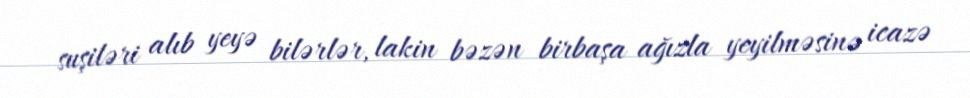
suşiləri alıb yeyə bilərlər, lakin bəzən birbaşa ağızla yeyilməsinə icazə